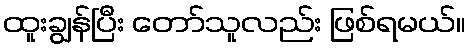
ထူးချွန်ပြီး တော်သူလည်း ဖြစ်ရမယ်။